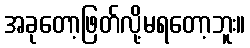
အခုတော့ဖြတ်လို့မရတော့ဘူး။